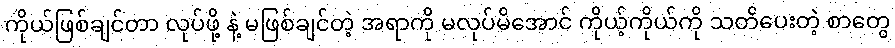
ကိုယ်ဖြစ်ချင်တာ လုပ်ဖို့ နဲ့ မဖြစ်ချင်တဲ့ အရာကို မလုပ်မိအောင် ကိုယ့်ကိုယ်ကို သတိပေးတဲ့ စာတွေ